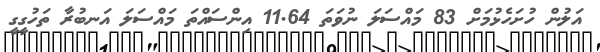
އަލުން ހުށަހެޅުމަށް 83 މައްސަލަ ނުވަތަ 11.64 އިންސައްތަ މައްސަލަ އަނބުރާ ތަހުގީގީ